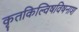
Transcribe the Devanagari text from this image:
कृतकिल्विषविषनाश